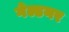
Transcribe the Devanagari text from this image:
गेल्डनर